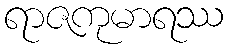
ရာဇကုမာရဿ